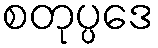
စတုပ္ပဒေ